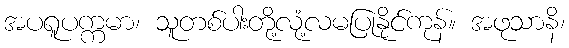
အပရူပက္ကမာ၊ သူတစ်ပါးတို့လုံ့လမပြုနိုင်ကုန်။ အဖုသာနိ၊